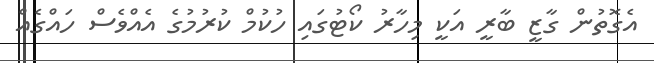
އެގޮތުން ގާޒީ ބާރީ އަކީ މިހާރު ކޯޓުގައި ހުކުމް ކުރުމުގެ އެއްވެސް ހައްގެއް